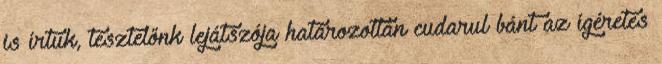
is írtuk, tesztelőnk lejátszója határozottan cudarul bánt az ígéretes